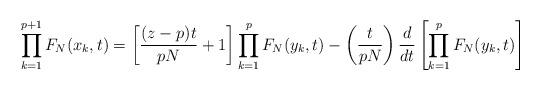
LaTeX: \begin{align*} \prod_{k=1}^{p+1}F_N(x_k,t) = \left[\frac{(z-p)t}{pN}+1\right]\prod_{k=1}^{p}F_N(y_k,t)-\left(\frac{t}{pN}\right)\frac{d}{dt}\left[\prod_{k=1}^{p}F_N(y_k,t)\right] \\\end{align*}